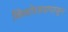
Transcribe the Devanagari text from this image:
किशोरवयापासून